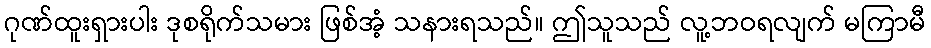
ဂုဏ်ထူးရှားပါး ဒုစရိုက်သမား ဖြစ်အံ့ သနားရသည်။ ဤသူသည် လူ့ဘဝရလျက် မကြာမီ